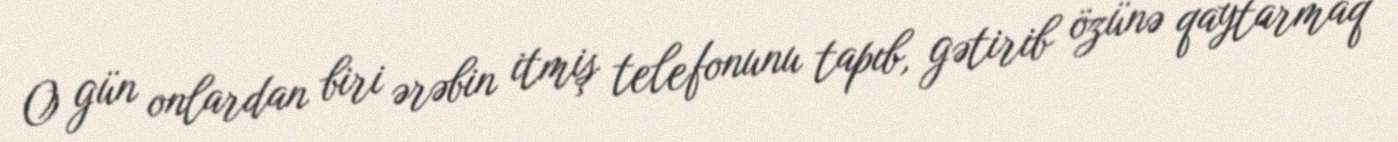
O gün onlardan biri ərəbin itmiş telefonunu tapıb, gətirib özünə qaytarmaq